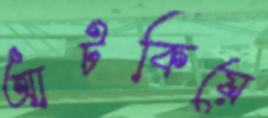
আটকিয়ে